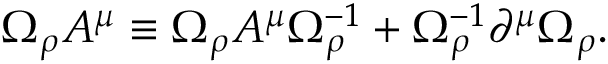
\Omega _ { \rho } A ^ { \mu } \equiv \Omega _ { \rho } A ^ { \mu } \Omega _ { \rho } ^ { - 1 } + \Omega _ { \rho } ^ { - 1 } \partial ^ { \mu } \Omega _ { \rho } .